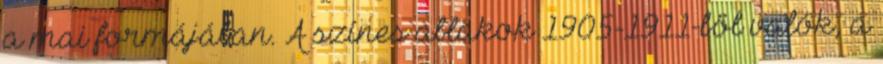
a mai formájában. A színes ablakok 1905-1911-ből valók, a